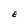
Character: E